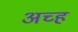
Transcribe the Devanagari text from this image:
अच्ह